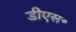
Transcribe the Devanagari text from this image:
डीएस॰